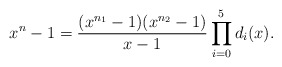
\begin{align*}x^n-1=\displaystyle\frac{(x^{n_1}-1)(x^{n_2}-1)}{x-1}\prod_{i=0}^5d_i(x).\end{align*}